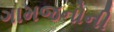
ગામજનોની